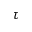
\tau